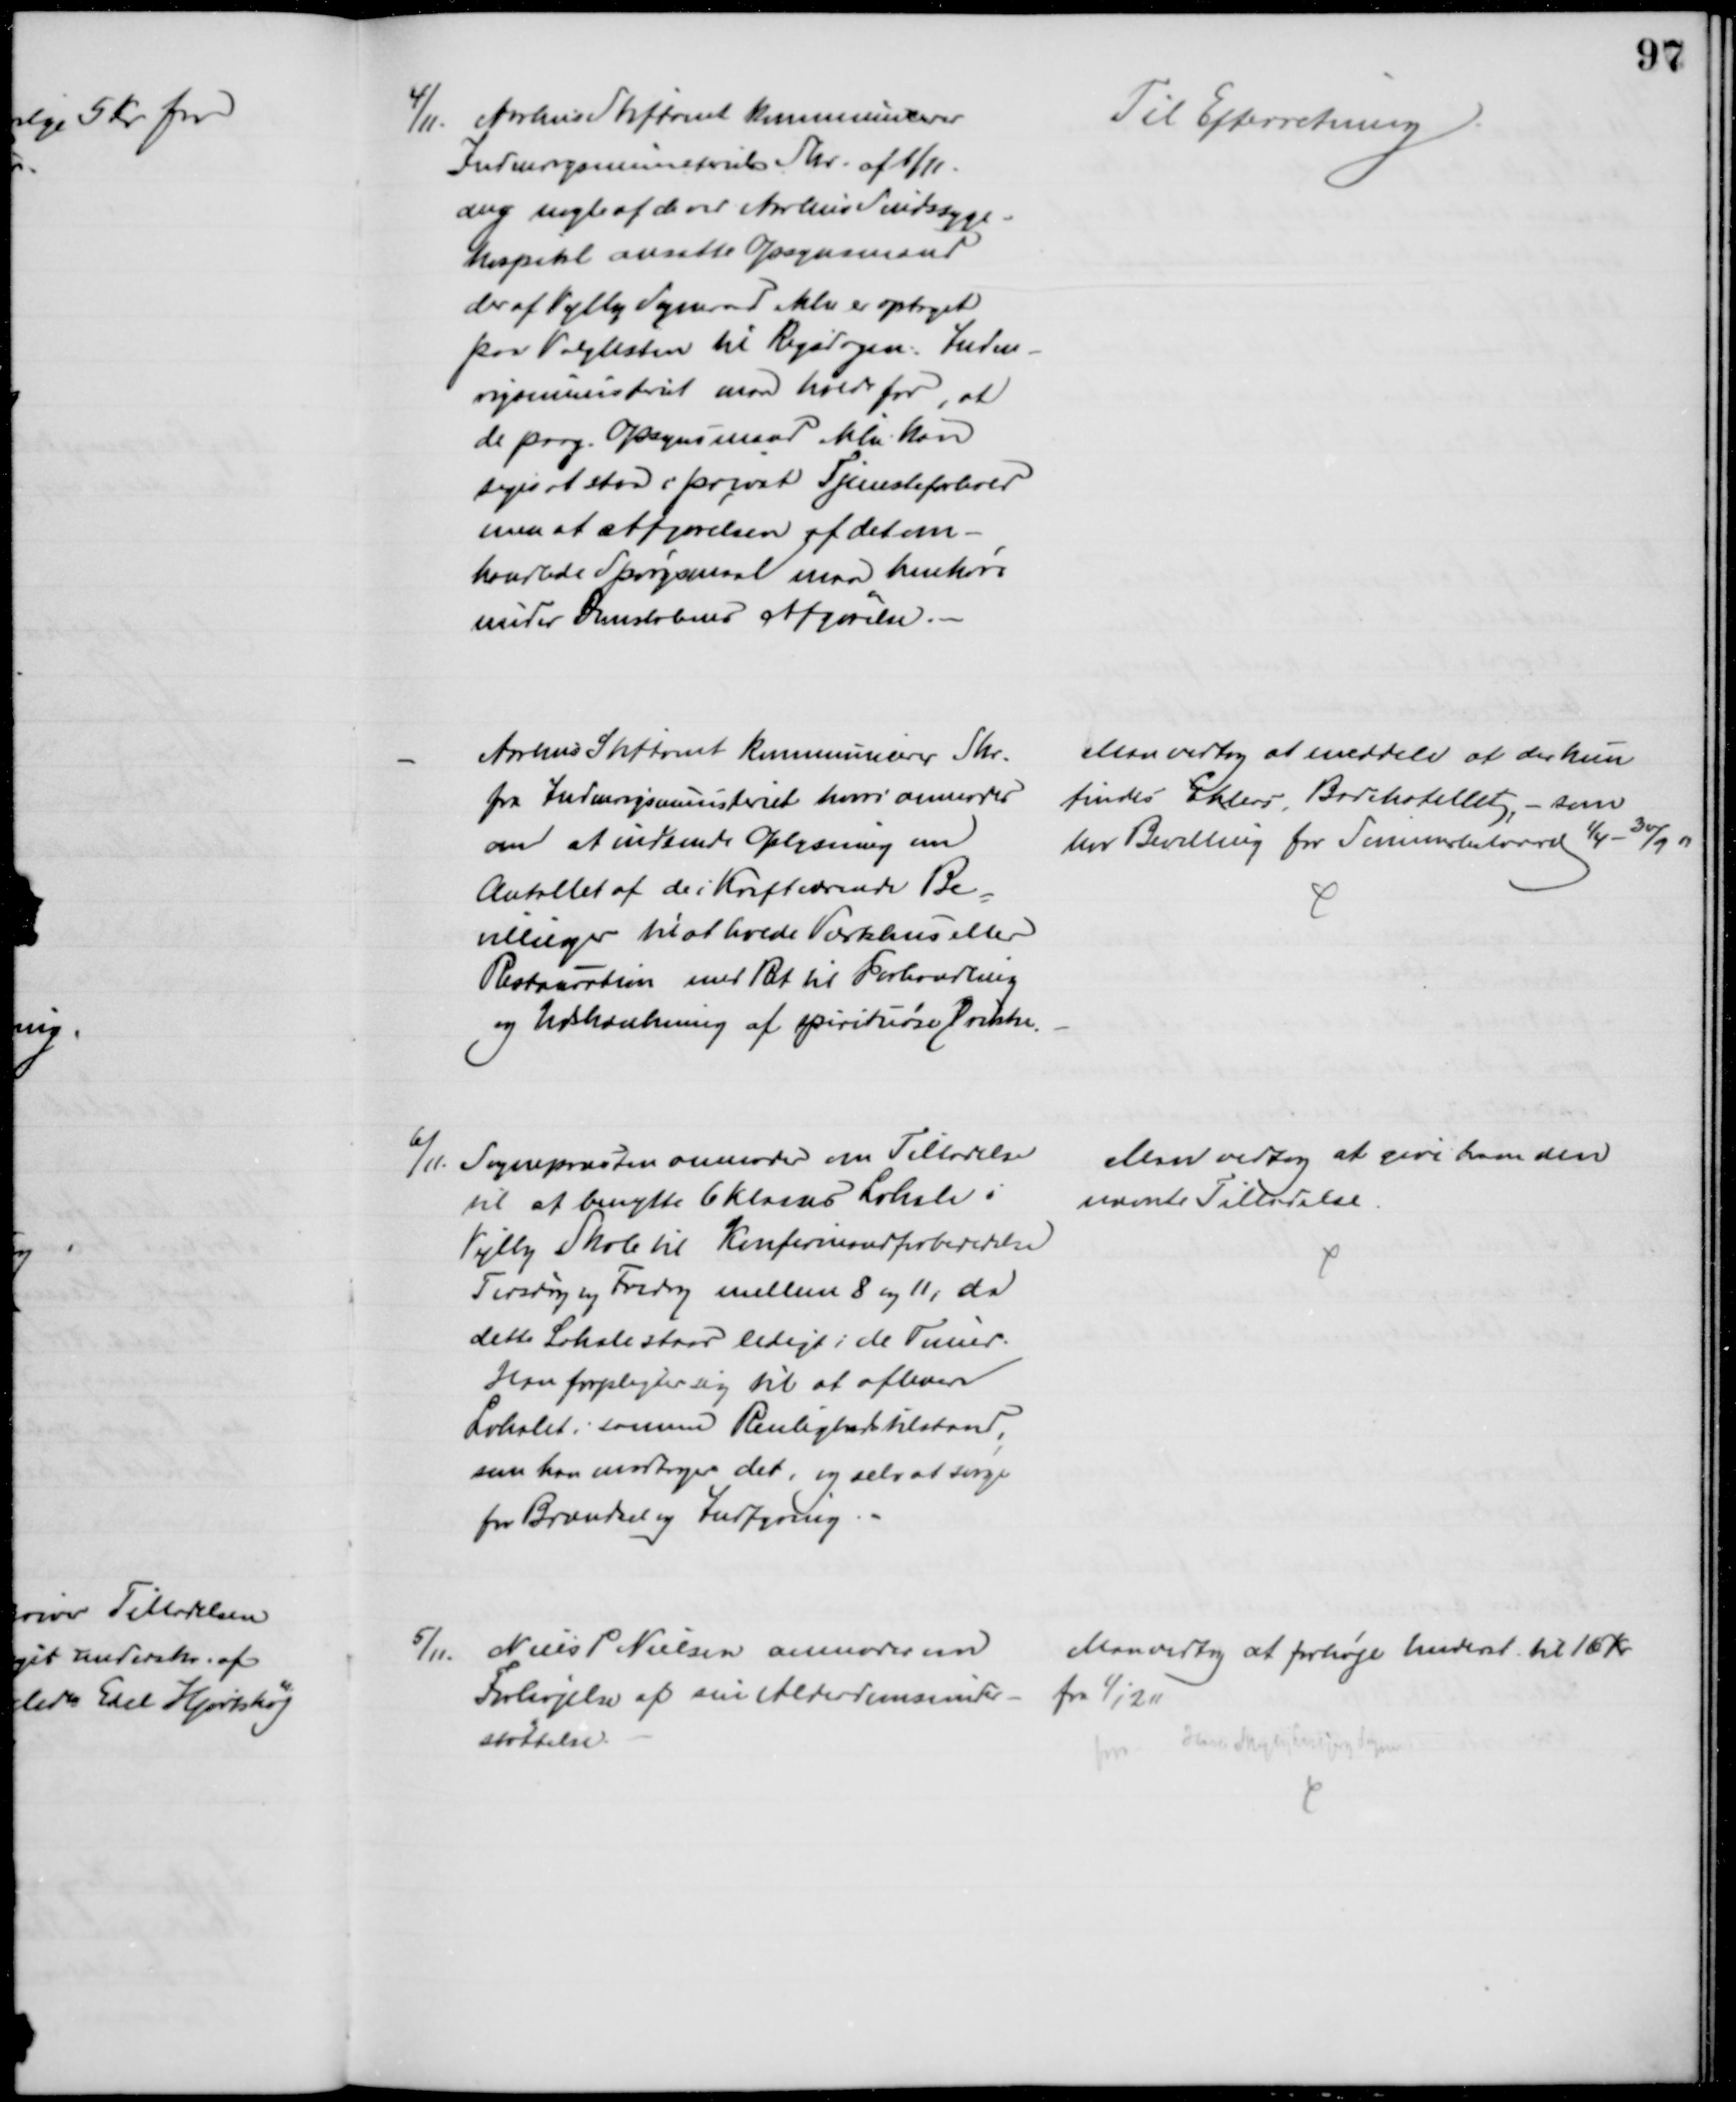
Transskription:
4/11. Aarhus Stiftamt Kommunicerer
Indenrigsministeriets Skr. af 1/11.
ang. nogle af de ved Aarhus Sindssyge-
hospital ansatte Opsynsmænd
der af Vejlby Sogneraad ikke er optaget
paa Valglisten til Rigsdagen. Inden-
rigsministeriet maa holde for, at
de paag. Opsynsmænd ikke kan
siges at staa i privat Tjenesteforhold
men at Afgørelsen af det om-
handlede Spørgsmaal maa henhøre
under Domstolenes Afgørelse.
Til Efterretning
Aarhus Stiftamt kommunicerer Skr.
fra Indenrigsministeriet hvori anmodes
om at indsende Oplysning om
Antallet af de i Kraftværende Be-
villinger til at holde Værtshus eller
Restauration med Ret til Forhandling
og Udskænkning af spirituøse Drikke.
Man vedtog at meddele at der kun
findes Ehlers Badehotellet, - som
har Bevilling for Sommelhalvaaret 1/4 - 30/9 11
6/11. Sognepræsten anmoder om Tilladelse
til at benytte 6 Klasses Lokale i
Vejlby Skole til Konfirmationsforberedelse
Tirsdag og Fredag mellem 8 og 11, da
dette Lokale staar ledigt i de Timer
Han forpligter sig til at aflevere
Lokalet i samme Renlighedstilstand,
som han modtager det, og selv at sørge
fra Brændsel og Indfyring
Man vedtog at give ham den
nævnte Tilladelse.
5/11.
Niels P Nielsen anmoder om
Forhøjelse af sin Alderdomsunder-
støttelse.
Man vedtog at forhøje Underst. til 16 Kr.
fra 1/12 11
Hasle Skejby Lisbjerg Sogn